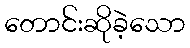
တောင်းဆိုခဲ့သော